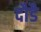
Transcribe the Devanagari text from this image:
दौडै